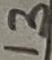
Text: 13